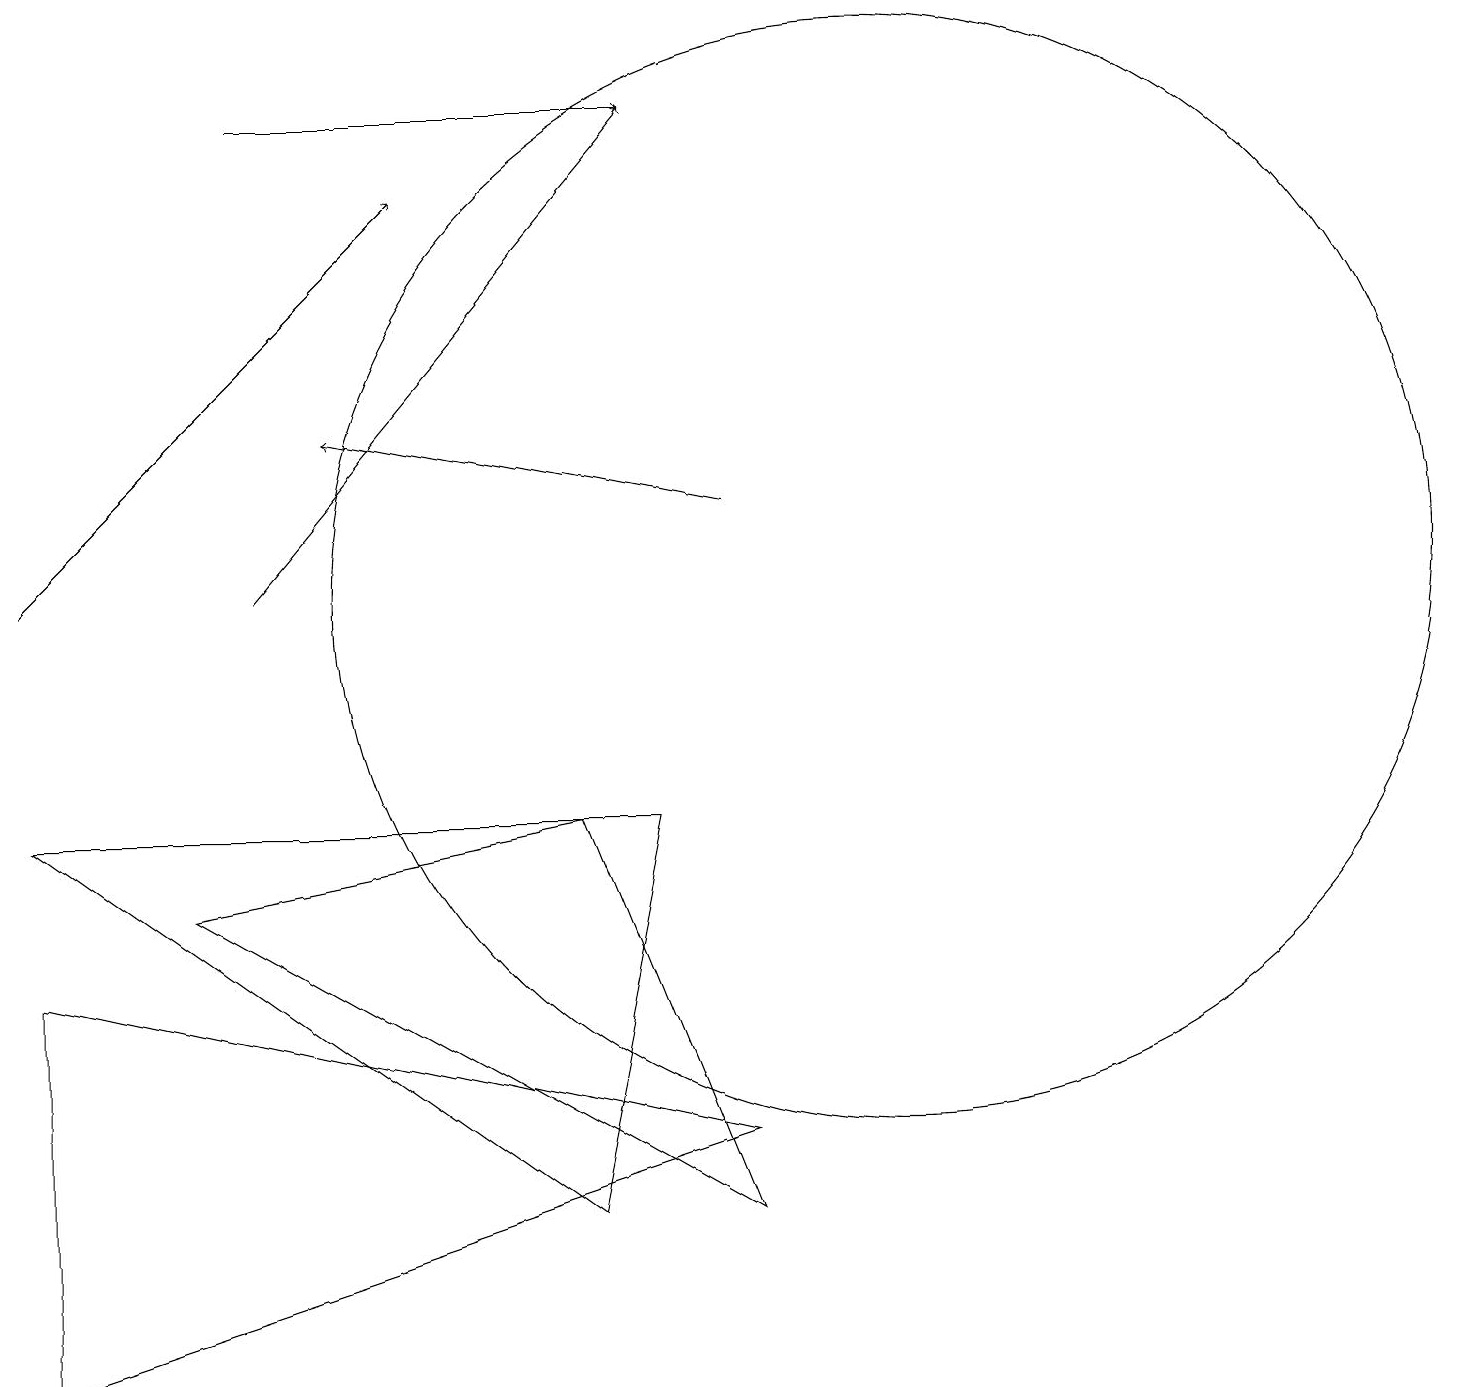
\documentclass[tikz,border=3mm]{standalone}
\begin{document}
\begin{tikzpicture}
\draw (0,1) -- (9,4) -- (0,6) -- cycle;
\draw[->] (0,11) -- (5,16);
\draw (7,8) -- (9,3) -- (2,7) -- cycle;
\draw[->] (3,17) -- (8,17);
\draw[->] (9,12) -- (4,13);
\draw[->] (3,11) -- (8,17);
\draw (0,8) -- (8,8) -- (7,3) -- cycle;
\draw (11,11) circle (7);
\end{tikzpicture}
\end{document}